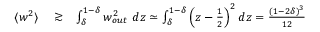
\begin{array} { r l r } { \langle w ^ { 2 } \rangle } & { { } \gtrsim } & { \int _ { \delta } ^ { 1 - \delta } w _ { o u t } ^ { 2 } \ d z \simeq \int _ { \delta } ^ { 1 - \delta } \left( z - \frac { 1 } { 2 } \right) ^ { 2 } d z = \frac { ( 1 - 2 \delta ) ^ { 3 } } { 1 2 } } \end{array}